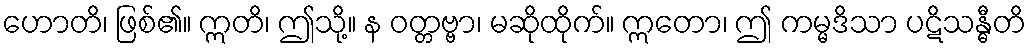
ဟောတိ၊ ဖြစ်၏။ ဣတိ၊ ဤသို့။ န ဝတ္တဗ္ဗာ၊ မဆိုထိုက်။ ဣတော၊ ဤ ကမ္မဒိသာ ပဋိသန္ဓီတိ